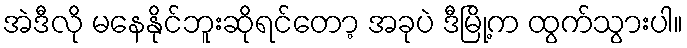
အဲဒီလို မနေနိုင်ဘူးဆိုရင်တော့ အခုပဲ ဒီမြို့က ထွက်သွားပါ။